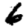
Digit: 6